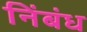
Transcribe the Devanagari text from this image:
निंबंध